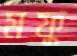
মফু